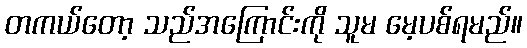
တကယ်တော့ သည်အကြောင်းကို သူမ မေ့ပစ်ရမည်။